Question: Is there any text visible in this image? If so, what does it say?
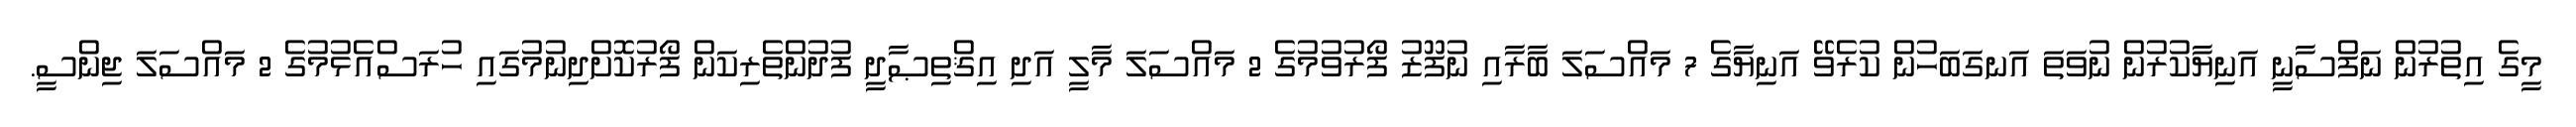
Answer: މީގެ އިތުރުން ނަފްސާނީ އަނިޔާކުރުން ނުވަތަ އަނގަބަހުން ކުރެވޭ އަނިޔާގެ 7 މައްސަލަ ބާރާއި ނުފޫޒު ފޯރުވުމުގެ 2 މައްސަލަ މާލީ އަދި އިޤްތިޞާދީ ފުދުންތެރިކަން ފޯރުކޮށްދިނުމުގައި ހުރަސްއެޅުމުގެ 2 މައްސަލަ ޖިންސީ.